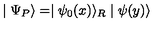
\mid \Psi _ { P } \rangle = \mid \psi _ { 0 } ( x ) \rangle _ { R } \mid \psi ( y ) \rangle